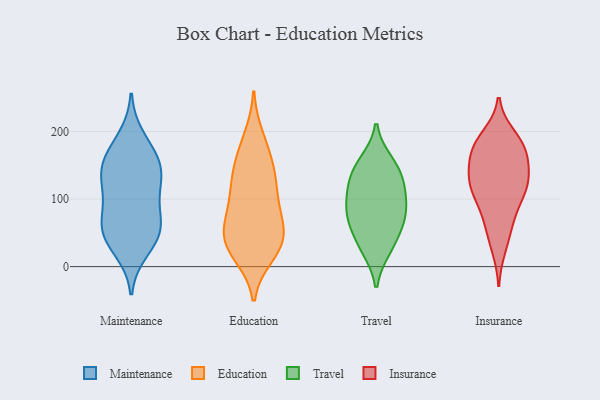
{"axis": {"x": "Temperature (°C)", "y": "Value"}, "legend": ["Education", "Insurance", "Maintenance", "Travel"], "data": [{"x": "", "y": 43, "type": "Maintenance"}, {"x": "", "y": 25, "type": "Maintenance"}, {"x": "", "y": 162, "type": "Maintenance"}, {"x": "", "y": 138, "type": "Maintenance"}, {"x": "", "y": 156, "type": "Maintenance"}, {"x": "", "y": 190, "type": "Maintenance"}, {"x": "", "y": 98, "type": "Maintenance"}, {"x": "", "y": 123, "type": "Maintenance"}, {"x": "", "y": 154, "type": "Maintenance"}, {"x": "", "y": 51, "type": "Maintenance"}, {"x": "", "y": 75, "type": "Maintenance"}, {"x": "", "y": 55, "type": "Maintenance"}, {"x": "", "y": 58, "type": "Maintenance"}, {"x": "", "y": 121, "type": "Maintenance"}, {"x": "", "y": 138, "type": "Education"}, {"x": "", "y": 91, "type": "Education"}, {"x": "", "y": 144, "type": "Education"}, {"x": "", "y": 23, "type": "Education"}, {"x": "", "y": 110, "type": "Education"}, {"x": "", "y": 56, "type": "Education"}, {"x": "", "y": 18, "type": "Education"}, {"x": "", "y": 99, "type": "Education"}, {"x": "", "y": 38, "type": "Education"}, {"x": "", "y": 52, "type": "Education"}, {"x": "", "y": 41, "type": "Education"}, {"x": "", "y": 175, "type": "Education"}, {"x": "", "y": 69, "type": "Education"}, {"x": "", "y": 139, "type": "Education"}, {"x": "", "y": 31, "type": "Education"}, {"x": "", "y": 191, "type": "Education"}, {"x": "", "y": 92, "type": "Travel"}, {"x": "", "y": 154, "type": "Travel"}, {"x": "", "y": 32, "type": "Travel"}, {"x": "", "y": 67, "type": "Travel"}, {"x": "", "y": 137, "type": "Travel"}, {"x": "", "y": 109, "type": "Travel"}, {"x": "", "y": 113, "type": "Travel"}, {"x": "", "y": 76, "type": "Travel"}, {"x": "", "y": 144, "type": "Travel"}, {"x": "", "y": 27, "type": "Travel"}, {"x": "", "y": 67, "type": "Travel"}, {"x": "", "y": 168, "type": "Insurance"}, {"x": "", "y": 93, "type": "Insurance"}, {"x": "", "y": 127, "type": "Insurance"}, {"x": "", "y": 173, "type": "Insurance"}, {"x": "", "y": 173, "type": "Insurance"}, {"x": "", "y": 116, "type": "Insurance"}, {"x": "", "y": 54, "type": "Insurance"}, {"x": "", "y": 129, "type": "Insurance"}, {"x": "", "y": 29, "type": "Insurance"}, {"x": "", "y": 179, "type": "Insurance"}, {"x": "", "y": 65, "type": "Insurance"}, {"x": "", "y": 98, "type": "Insurance"}, {"x": "", "y": 118, "type": "Insurance"}, {"x": "", "y": 180, "type": "Insurance"}, {"x": "", "y": 192, "type": "Insurance"}, {"x": "", "y": 136, "type": "Insurance"}, {"x": "", "y": 137, "type": "Insurance"}]}